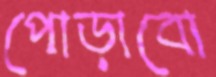
পোড়াবো